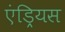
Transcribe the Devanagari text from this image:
एंड्रियस